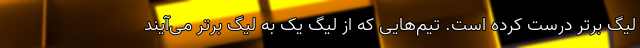
لیگ برتر درست کرده است. تیم‌هایی که از لیگ یک به لیگ برتر می‌آیند